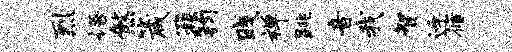
烈语煞箴簇钧贱禅跳音我智迓循